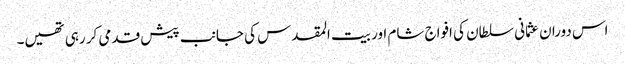
اس دوران عثمانی سلطان کی افواج شام اور بیت المقدس کی جانب پیش قدمی کر رہی تھیں۔